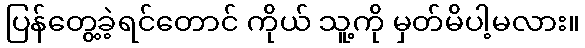
ပြန်တွေ့ခဲ့ရင်တောင် ကိုယ် သူ့ကို မှတ်မိပါ့မလား။